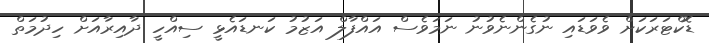
ޑޮކްޓަރަކަށް ވެވަޑައި ނުގެންނެވުނު ނަމަވެސް އައްފާލް އަޒުމު ކަނޑައެޅީ ސިއްހީ ދާއިރާއަށް ހިދުމަތް